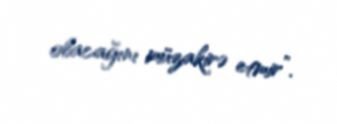
olacağını müzakirə etmir”.